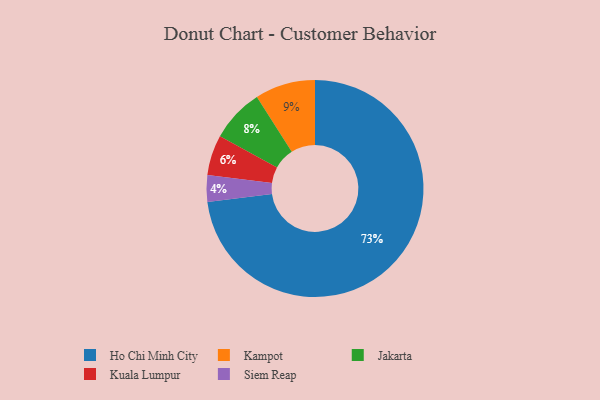
{"axis": {"x": "Category", "y": "Percentage"}, "legend": ["Ho Chi Minh City", "Jakarta", "Kampot", "Kuala Lumpur", "Siem Reap"], "data": [{"x": "Kuala Lumpur", "y": 6, "type": "Kuala Lumpur"}, {"x": "Jakarta", "y": 8, "type": "Jakarta"}, {"x": "Ho Chi Minh City", "y": 73, "type": "Ho Chi Minh City"}, {"x": "Siem Reap", "y": 4, "type": "Siem Reap"}, {"x": "Kampot", "y": 9, "type": "Kampot"}]}